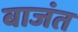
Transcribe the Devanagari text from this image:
बाजंत